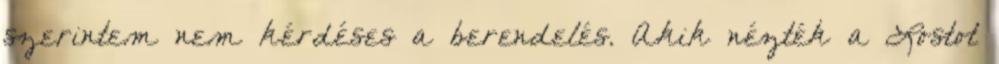
szerintem nem kérdéses a berendelés. Akik nézték a Lostot